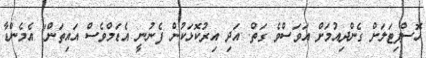
ހޮސްޕިޓަލަށް ގެންދިއުމަށް އަވަސްވެ ގަތް. އަދި އިރުކޮޅަކުން ފެނުނީ އެޑަމްވެސް އައިތަން" އެމެންޑާ